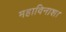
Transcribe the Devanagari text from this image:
महाविनाश।